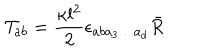
{ \cal T } _ { a b } = \frac { \kappa l ^ { 2 } } { 2 } \epsilon _ { a b a _ { 3 } \ldots a _ { d } } \bar { R }